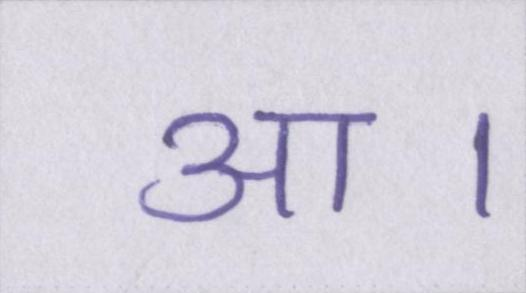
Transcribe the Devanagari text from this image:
आ।